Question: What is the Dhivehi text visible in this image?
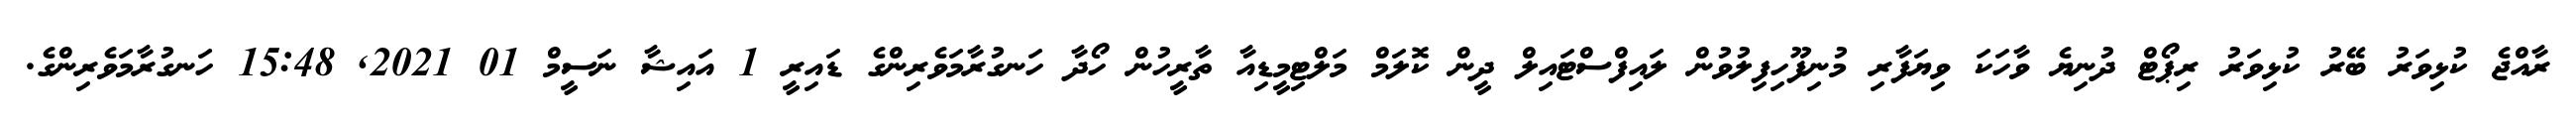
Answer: ރާއްޖެ ކުޅިވަރު ބޭރު ކުޅިވަރު ރިޕޯޓް ދުނިޔެ ވާހަކަ ވިޔަފާރި މުނިފޫހިފިލުވުން ލައިފްސްޓައިލް ދީން ކޮލަމް މަލްޓިމީޑިއާ ތާރީހުން ހޯދާ ހަނގުރާމަވެރިންގެ ޑައިރީ 1 އައިޝާ ނަސީމް 01 2021, 15:48 ހަނގުރާމަވެރިންގެ.